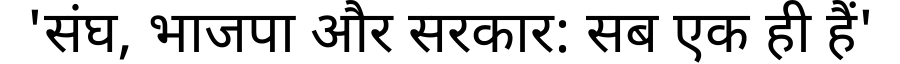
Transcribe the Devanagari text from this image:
'संघ, भाजपा और सरकार: सब एक ही हैं'